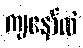
ကျနော်လဲ